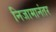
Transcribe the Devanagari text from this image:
निजामानंतर